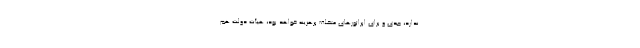
ندارد، جدی و برای اپراتورهای متخلف پرهزینه خواهد بود، هیأت دولت هم